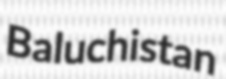
Baluchistan